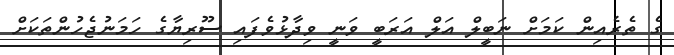
ގެ ތެރެއިން ކަމަށް ނަބީލް އަލް އަރަބީ ވަނީ ވިދާޅުވެފައި ސޫރިޔާގެ ހަމަނުޖެހުންތަކަށް